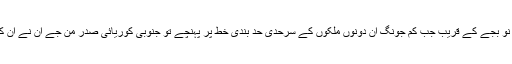
جمعہ کی صبح ساڑھے نو بجے کے قریب جب کِم جونگ اُن دونوں ملکوں کے سرحدی حد بندی خط پر پہنچے تو جنوبی کوریائی صدر مُن جے اِن نے اُن کا گرمجوش خیرمقدم کیا۔